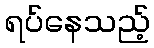
ရပ်နေသည့်